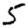
Digit: 5